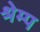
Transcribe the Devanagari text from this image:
श्रेम्प